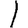
Digit: 1